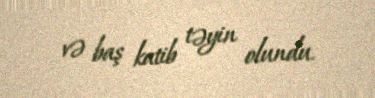
və baş katib təyin olundu.